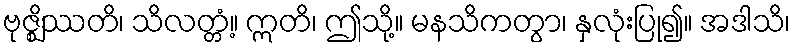
ဗုဇ္ဈိဿတိ၊ သိလတ္တံ့။ ဣတိ၊ ဤသို့။ မနသိကတွာ၊ နှလုံးပြု၍။ အဒါသိ၊